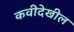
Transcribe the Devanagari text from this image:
कवीदेखील